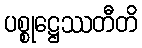
ပစ္စုဋ္ဌေဿတီတိ